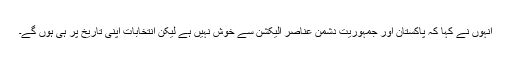
انہوں نے کہا کہ پاکستان اور جمہوریت دشمن عناصر الیکشن سے خوش نہیں ہے لیکن انتخابات اپنی تاریخ پر ہی ہوں گے۔